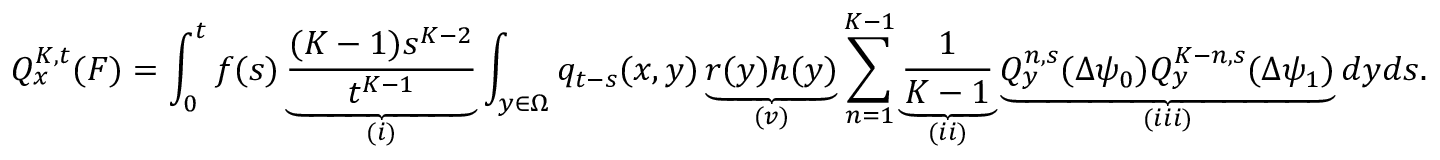
Q _ { x } ^ { K , t } ( F ) = \int _ { 0 } ^ { t } f ( s ) \underbrace { \frac { ( K - 1 ) s ^ { K - 2 } } { t ^ { K - 1 } } } _ { ( i ) } \int _ { y \in \Omega } q _ { t - s } ( x , y ) \underbrace { r ( y ) h ( y ) } _ { ( v ) } \sum _ { n = 1 } ^ { K - 1 } \underbrace { \frac { 1 } { K - 1 } } _ { ( i i ) } \underbrace { Q _ { y } ^ { n , s } ( \Delta \psi _ { 0 } ) Q _ { y } ^ { K - n , s } ( \Delta \psi _ { 1 } ) } _ { ( i i i ) } d y d s .